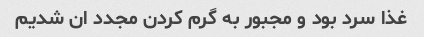
غذا سرد بود و مجبور به گرم کردن مجدد ان شدیم